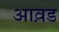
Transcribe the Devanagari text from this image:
आव़ड